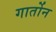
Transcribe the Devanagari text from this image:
गार्तोन